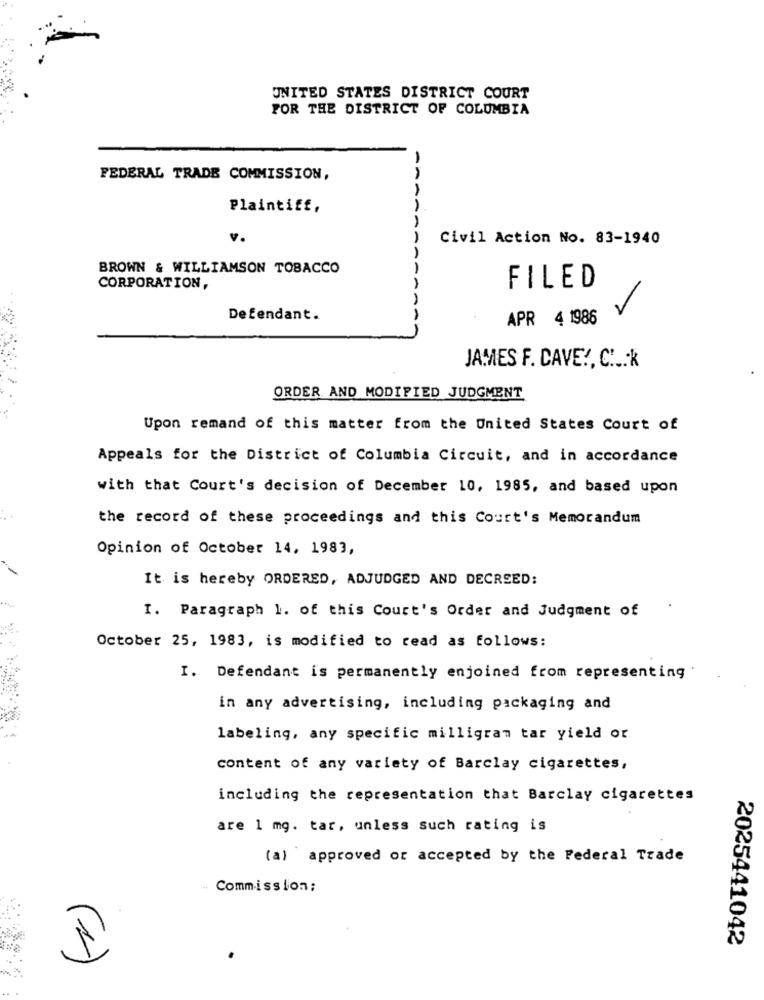
UNITED STATES DISTRICT COURT
FOR THE DISTRICT OF COLUMBIA
FEDERAL TRADE COMMISSION,
Plaintiff,
v.
Civil Action No. 83-1940
BROWN & WILLIAMSON TOBACCO
CORPORATION,
FILED
Defendant.
AA
APR 4 1986
JAMES F. CAVE !, CH .k
ORDER AND MODIFIED JUDGMENT
Upon remand of this matter from the United States Court of
Appeals for the District of Columbia Circuit, and in accordance
with that Court's decision of December 10, 1985, and based upon
the record of these proceedings and this Court's Memorandum
Opinion of October 14, 1983,
It is hereby ORDERED, ADJUDGED AND DECREED:
I. Paragraph 1. of this Court's Order and Judgment of
October 25, 1983, is modified to read as follows:
I. Defendant is permanently enjoined from representing
in any advertising, including packaging and
labeling, any specific milligram tar yield or
content of any variety of Barclay cigarettes,
including the representation that Barclay cigarettes
are 1 mg. tar, unless such rating is
(a) approved or accepted by the Federal Trade
- Commission;
2025441042
(1)